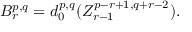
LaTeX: B _ { r } ^ { p , q } = d _ { 0 } ^ { p , q } ( Z _ { r - 1 } ^ { p - r + 1 , q + r - 2 } ) .